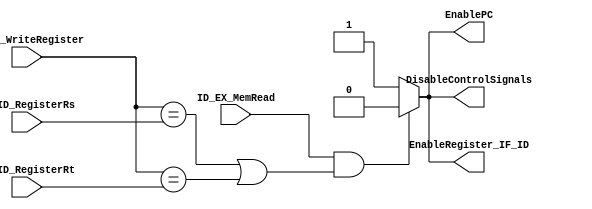
module HazardDetectionUnit
(
	input ID_EX_MemRead,
	input [4:0] ID_EX_WriteRegister,
	input [4:0] IF_ID_RegisterRs,
	input [4:0] IF_ID_RegisterRt,

	output reg EnablePC,
	output reg EnableRegister_IF_ID,
	output reg DisableControlSignals
	
);

always@(*) begin // Toma todas las entradas como lista de sensibilidad
	if(ID_EX_MemRead == 1 && ((ID_EX_WriteRegister == IF_ID_RegisterRs) || (ID_EX_WriteRegister == IF_ID_RegisterRt))) begin
		EnablePC <= 0;
		EnableRegister_IF_ID <= 0;
		DisableControlSignals <= 0;
	end
	else begin
		EnablePC <= 1;
		EnableRegister_IF_ID <= 1;
		DisableControlSignals <= 1;
	end


end

endmodule